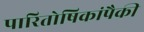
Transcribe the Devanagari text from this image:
पारितोषिकांपैकी